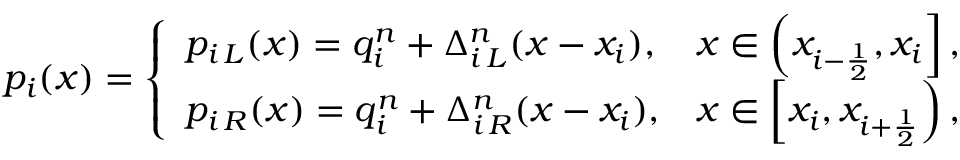
p _ { i } ( x ) = \left\lbrace \begin{array} { l r } { p _ { i \, L } ( x ) = q _ { i } ^ { n } + \Delta _ { i \, L } ^ { n } ( x - x _ { i } ) , } & { x \in \left( x _ { i - \frac { 1 } { 2 } } , x _ { i } \right] , } \\ { p _ { i \, R } ( x ) = q _ { i } ^ { n } + \Delta _ { i \, R } ^ { n } ( x - x _ { i } ) , } & { x \in \left[ x _ { i } , x _ { i + \frac { 1 } { 2 } } \right) , } \end{array} \right.